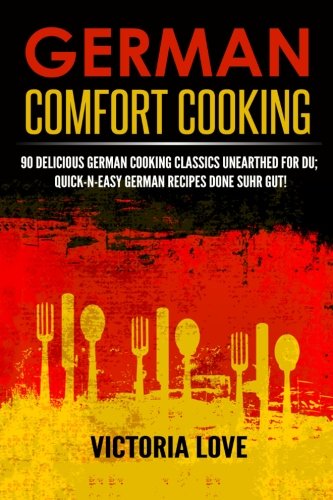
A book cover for German Comfort Cooking: 90 Delicious German Cooking Classics Unearthed For Du; Quick-n-Easy Germany Recipes Done Suhr Gut! (Cookbooks Of The Week Series) (Volume 8); Victoria Love; Cookbooks, Food & Wine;